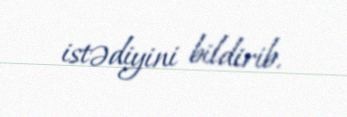
istədiyini bildirib.